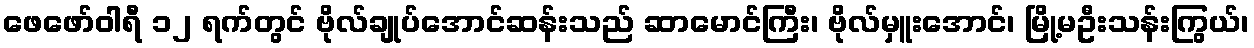
ဖေဖော်ဝါရီ ၁၂ ရက်တွင် ဗိုလ်ချုပ်အောင်ဆန်းသည် ဆာမောင်ကြီး၊ ဗိုလ်မှူးအောင်၊ မြို့မဦးသန်းကြွယ်၊